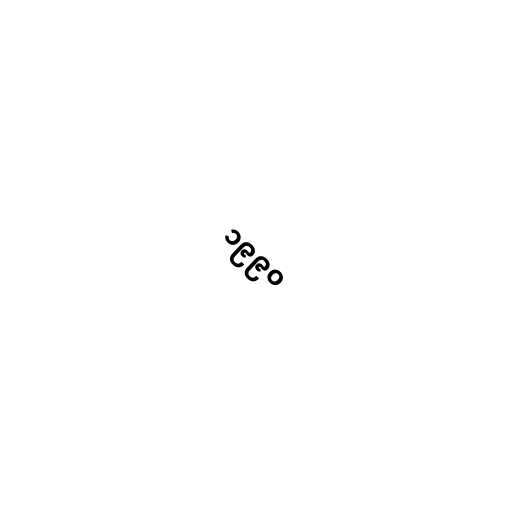
၁၉၉၀